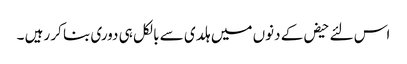
اس لئے حیض کے دنوں میں ہلدی سے بالکل ہی دوری بنا کر رہیں ۔